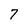
Character: 7